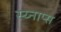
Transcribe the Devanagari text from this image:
स्य्नाप्स